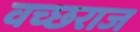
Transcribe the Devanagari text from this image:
वच्छराज